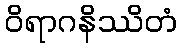
ဝိရာဂနိဿိတံ